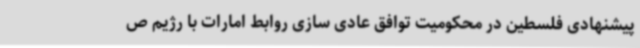
پیشنهادی فلسطین در محکومیت توافق عادی سازی روابط امارات با رژیم ص